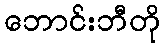
ဘောင်းဘီတို